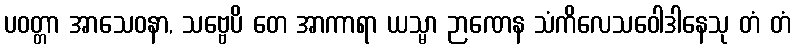
ပဝတ္တာ အာသေဝနာ, သဗ္ဗေပိ တေ အာကာရာ ယသ္မာ ဉာဏေန သံကိလေသဝေါဒါနေသု တံ တံ